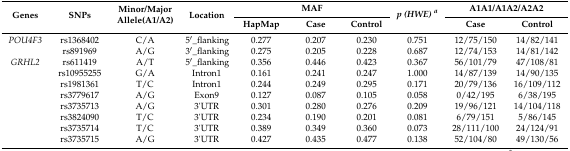
| <ROWSPAN=2> Genes | <ROWSPAN=2> SNPs | <ROWSPAN=2> Minor/Major Allele(A1/A2) | <ROWSPAN=2> Location | <COLSPAN=3> MAF | <ROWSPAN=2> p (HWE) a | <COLSPAN=2> A1A1/A1A2/A2A2 |
 | HapMap | Case | Control | Case | Control |
 | --- | --- | --- | --- | --- | --- | --- | --- | --- | --- |
 | POU4F3 | rs1368402 | C/A | 5′_flanking | 0.277 | 0.207 | 0.230 | 0.751 | 12/75/150 | 14/82/141 |
 |  | rs891969 | A/G | 3′_flanking | 0.275 | 0.205 | 0.228 | 0.687 | 12/74/153 | 14/81/142 |
 | GRHL2 | rs611419 | A/T | 5′_flanking | 0.356 | 0.446 | 0.423 | 0.367 | 56/101/79 | 47/108/81 |
 |  | rs10955255 | G/A | Intron1 | 0.161 | 0.241 | 0.247 | 1.000 | 14/87/139 | 14/90/135 |
 |  | rs1981361 | T/C | Intron1 | 0.244 | 0.249 | 0.295 | 0.171 | 20/79/136 | 16/109/112 |
 |  | rs3779617 | A/G | Exon9 | 0.127 | 0.087 | 0.105 | 0.058 | 0/42/195 | 6/38/195 |
 |  | rs3735713 | A/G | 3'UTR | 0.301 | 0.280 | 0.276 | 0.209 | 19/96/121 | 14/104/118 |
 |  | rs3824090 | T/C | 3'UTR | 0.234 | 0.190 | 0.201 | 0.081 | 6/79/151 | 5/86/145 |
 |  | rs3735714 | T/C | 3'UTR | 0.389 | 0.349 | 0.360 | 0.073 | 28/111/100 | 24/124/91 |
 |  | rs3735715 | A/G | 3'UTR | 0.427 | 0.435 | 0.477 | 0.138 | 52/104/80 | 49/130/56 |